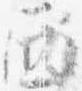
西